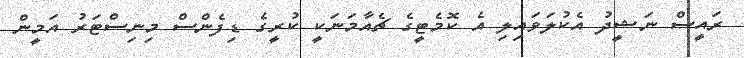
ރައީސް ނަޝީދު އެކުލަވައިލި އެ ކޮމެޓީގެ ޗެއާމަނަކީ ކުރީގެ ޑިފެންސް މިނިސްޓަރު އަމީން